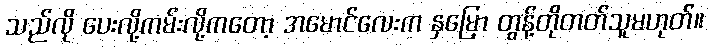
သည်လို ပေးလို့ကမ်းလို့ကတော့ အမောင်လေးက နှမြော တွန့်တိုတတ်သူမဟုတ်။